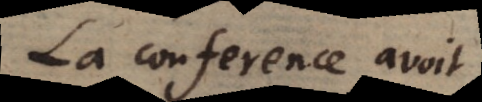
La conference avoit